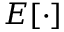
E [ \cdot ]